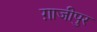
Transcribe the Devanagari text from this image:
ग़ाजीपुर